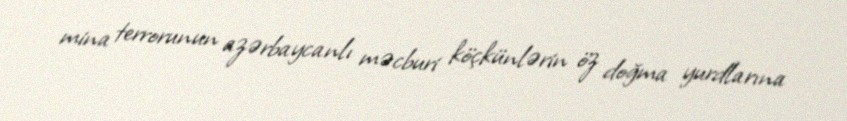
mina terrorunun azərbaycanlı məcburi köçkünlərin öz doğma yurdlarına